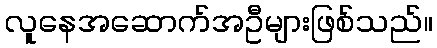
လူနေအဆောက်အဦများဖြစ်သည်။